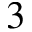
3